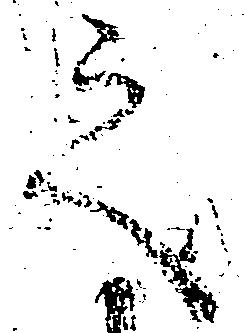
之